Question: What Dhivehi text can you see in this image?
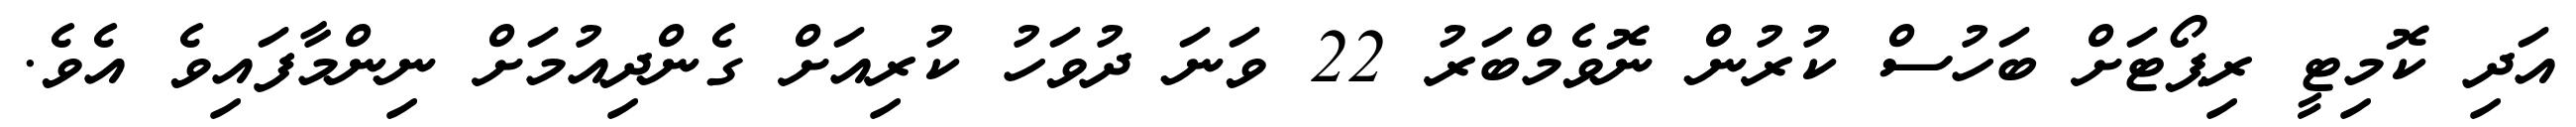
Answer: އަދި ކޮމިޓީ ރިޕޯޓަށް ބަހުސް ކުރުން ނޮވެމްބަރު 22 ވަނަ ދުވަހު ކުރިއަށް ގެންދިއުމަށް ނިންމާފައިވެ އެވެ.